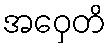
အဝှေတိ